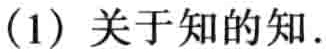
(1) 关于知的知.